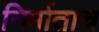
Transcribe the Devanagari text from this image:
निर्माताच